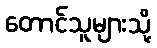
တောင်သူများသို့